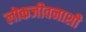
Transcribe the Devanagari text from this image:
लोकजीवनाशी